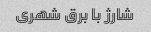
شارژ با برق شهری